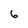
Character: 6